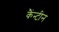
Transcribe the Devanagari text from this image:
कैंन्टीन